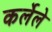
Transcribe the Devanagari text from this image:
कर्लेले